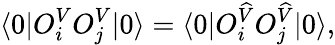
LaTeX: \langle 0|O_{i}^{V}O_{j}^{V}|0\rangle=\langle 0|O_{i}^{\widehat{V}}O_{j}^{\widehat{V}}|0\rangle,